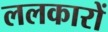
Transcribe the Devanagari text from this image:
ललकारों